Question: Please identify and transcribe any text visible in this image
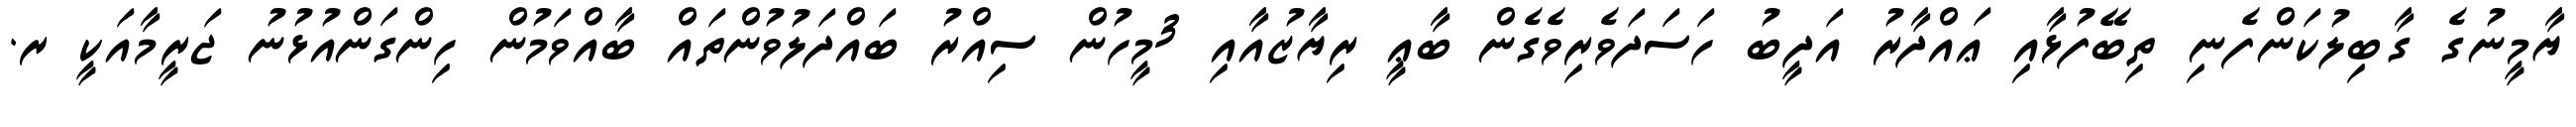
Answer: ޔާމީނުގެ ގާބިލުކަންފެނި ތިބޭފުޅާއި ޢައްދާރު އަދީބު ހަސަދަވެރިވެގެން ބާޢީ ރިޔާޒުއާއި 3މީހުން ސިއްރު ބައްދަލުވުންތައް ބާއްވަމުން ހިންގަންއުޅުނު ޖަރީމާއަކީ ރ.